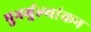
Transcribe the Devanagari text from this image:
पुनर्मुल्यांकन